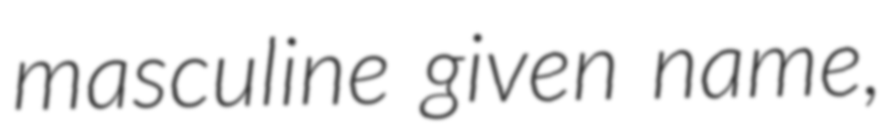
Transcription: masculine given name,